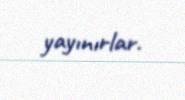
yayınırlar.